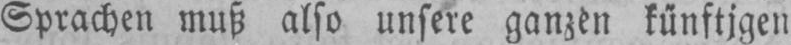
Sprachen muß also unsere ganzen künftigen